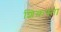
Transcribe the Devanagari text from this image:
शिक़स्ता